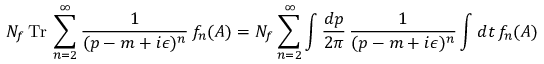
N _ { f } \, \mathrm { T r } \, \sum _ { n = 2 } ^ { \infty } \frac { 1 } { ( p - m + i \epsilon ) ^ { n } } \, f _ { n } ( A ) = N _ { f } \sum _ { n = 2 } ^ { \infty } \int \frac { d p } { 2 \pi } \, \frac { 1 } { ( p - m + i \epsilon ) ^ { n } } \int d t \, f _ { n } ( A )